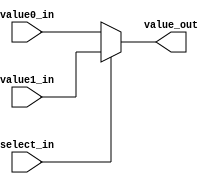
////////////////////////////////////////////////////////////////
//  Module       : MUX5_2X1
//  Description  : 5-bit wide 2x1 MUX
//

module MUX5_2X1
  (
   value_out,
   value0_in, 
   value1_in, 
   select_in
   );
   
   parameter MUX_delay = 4;	

   output [4:0] value_out;					
   reg [4:0] 	value_out;
   
   input [4:0]  value0_in, value1_in;
   input 	select_in;	
      
   always@*
     begin
	#MUX_delay;
	
	if (~select_in)
	  value_out = value0_in;
	else
	  value_out = value1_in;
     end

endmodule // MUX5_2X1